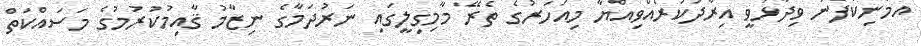
އެމަނިކުފާނު ވިދާޅުވީ އިރާދަކުރެއްވިއްޔާ މިއަހަރުގެ ތެރޭ މާމިގިލީގައި ނަރުދަމާގެ ނިޒާމު ޤާއިމުކުރުމުގެ މަސައްކަތް